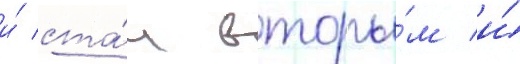
и́ ста́л вторы́м и́